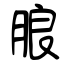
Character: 朖